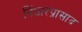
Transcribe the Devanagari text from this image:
निंधारप्रासाद